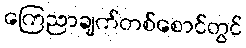
ကြေညာချက်တစ်စောင်တွင်